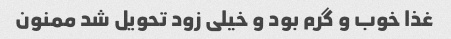
غذا خوب و گرم بود و خیلی زود تحویل شد ممنون